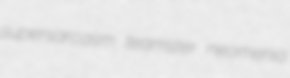
supersarcasm teamster neomenia